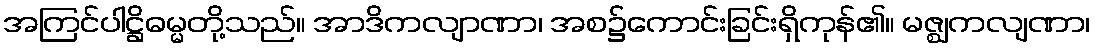
အကြင်ပါဋ္ဌိဓမ္မတို့သည်။ အာဒိကလျာဏာ၊ အစ၌ကောင်းခြင်းရှိကုန်၏။ မဇ္ဈကလျဏာ၊